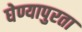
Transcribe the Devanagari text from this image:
घेण्यापुरता